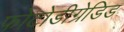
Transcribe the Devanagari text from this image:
फोटोडीग्रेडिड